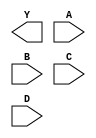
/**
 * Copyright 2020 The SkyWater PDK Authors
 *
 * Licensed under the Apache License, Version 2.0 (the "License");
 * you may not use this file except in compliance with the License.
 * You may obtain a copy of the License at
 *
 *     https://www.apache.org/licenses/LICENSE-2.0
 *
 * Unless required by applicable law or agreed to in writing, software
 * distributed under the License is distributed on an "AS IS" BASIS,
 * WITHOUT WARRANTIES OR CONDITIONS OF ANY KIND, either express or implied.
 * See the License for the specific language governing permissions and
 * limitations under the License.
 *
 * SPDX-License-Identifier: Apache-2.0
 */

`ifndef SKY130_FD_SC_HDLL__NAND4_BLACKBOX_V
`define SKY130_FD_SC_HDLL__NAND4_BLACKBOX_V

/**
 * nand4: 4-input NAND.
 *
 * Verilog stub definition (black box without power pins).
 *
 * WARNING: This file is autogenerated, do not modify directly!
 */

`timescale 1ns / 1ps
`default_nettype none

(* blackbox *)
module sky130_fd_sc_hdll__nand4 (
    Y,
    A,
    B,
    C,
    D
);

    output Y;
    input  A;
    input  B;
    input  C;
    input  D;

    // Voltage supply signals
    supply1 VPWR;
    supply0 VGND;
    supply1 VPB ;
    supply0 VNB ;

endmodule

`default_nettype wire
`endif  // SKY130_FD_SC_HDLL__NAND4_BLACKBOX_V